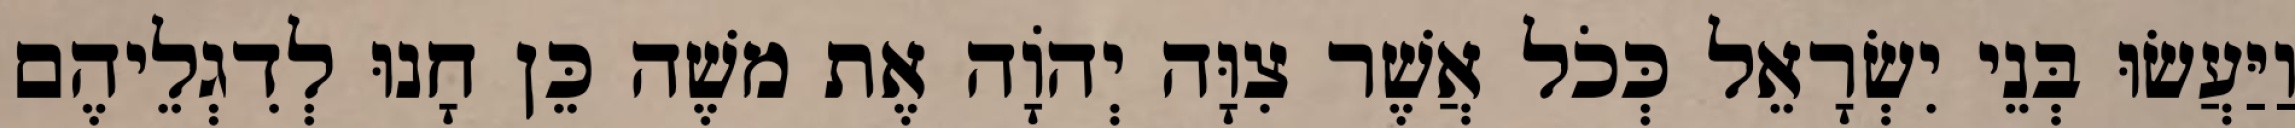
וַיַּעֲשׂוּ בְּנֵי יִשְׂרָאֵל כְּכֹל אֲשֶׁר צִוָּה יְהֹוָה אֶת משֶׁה כֵּן חָנוּ לְדִגְלֵיהֶם